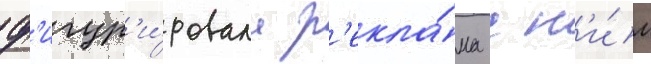
ф'игур'и́ровала р'екла́ма с н'и́м